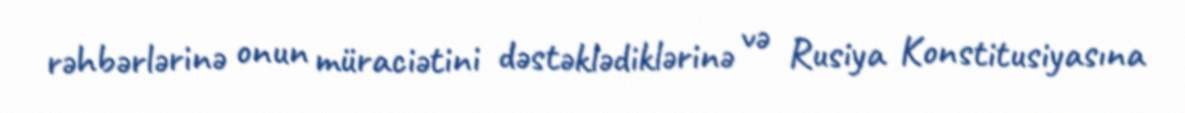
rəhbərlərinə onun müraciətini dəstəklədiklərinə və Rusiya Konstitusiyasına